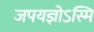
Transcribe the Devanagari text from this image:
जपयज्ञोऽस्मि